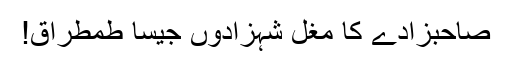
صاحبزادے کا مغل شہزادوں جیسا طمطراق!